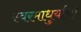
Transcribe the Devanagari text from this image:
स्वरमाधुर्याची